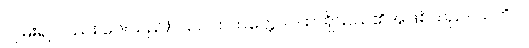
လှမ်း၍ လည်း ပေးသည်)။ သဂါထကတ္တေ၊ ဂါထာရှိသည်၏အဖြစ်သည်။ သတိပိ၊